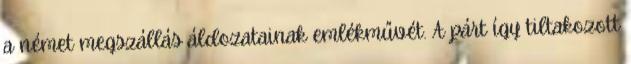
a német megszállás áldozatainak emlékművét. A párt így tiltakozott